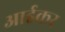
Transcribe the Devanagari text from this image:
आईकर